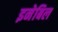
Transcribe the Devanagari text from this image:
इनेबिल